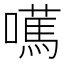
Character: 𡁣